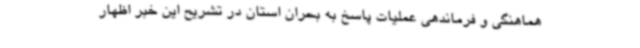
هماهنگی و فرماندهی عملیات پاسخ به بحران استان در تشریح این خبر اظهار